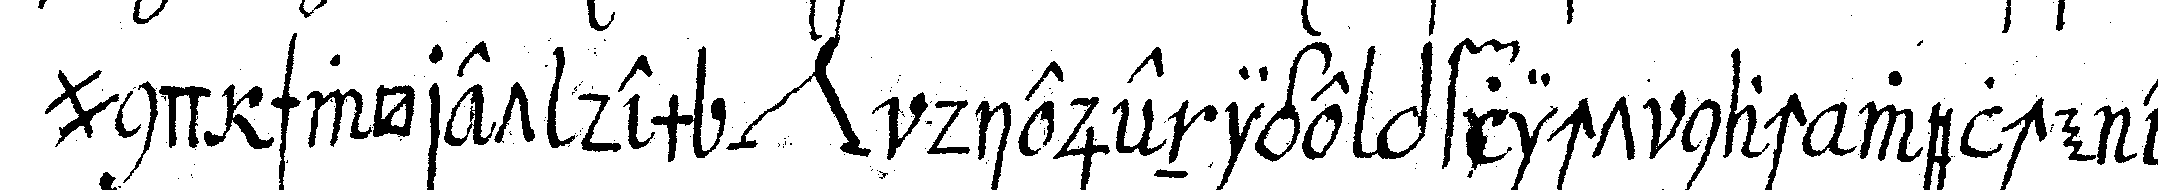
und schwöret dem *nee* diejenige pflicht nach welche er